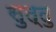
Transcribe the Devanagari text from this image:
सुत्तु